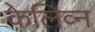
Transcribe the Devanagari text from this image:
केलिव्न